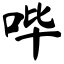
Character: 哔